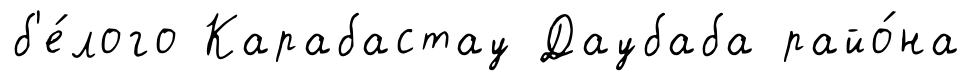
б'е́лого Карабастау Даубаба райо́на